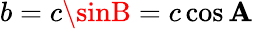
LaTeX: b=c\sinB=c\cos\mathbf{A}